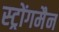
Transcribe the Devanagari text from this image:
स्ट्रोंगमैन